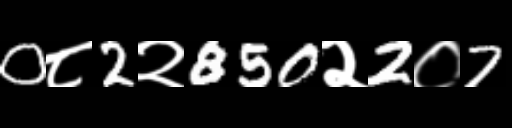
Text: 0८2२850२2०7